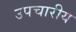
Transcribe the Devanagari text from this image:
उपचारीय